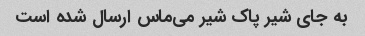
به جای شیر پاک شیر می‌ماس ارسال شده است